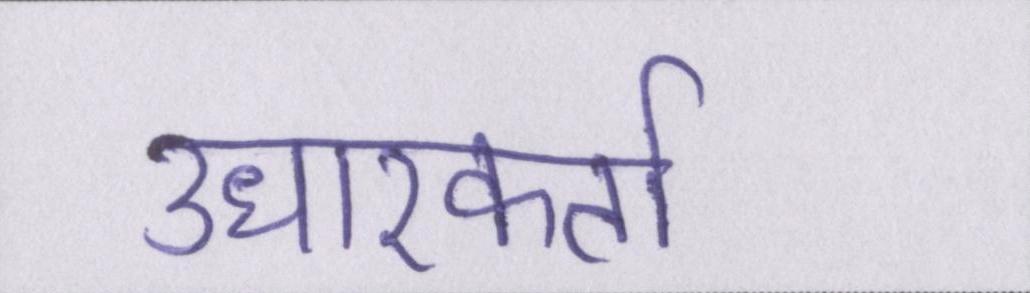
उधारकर्ता